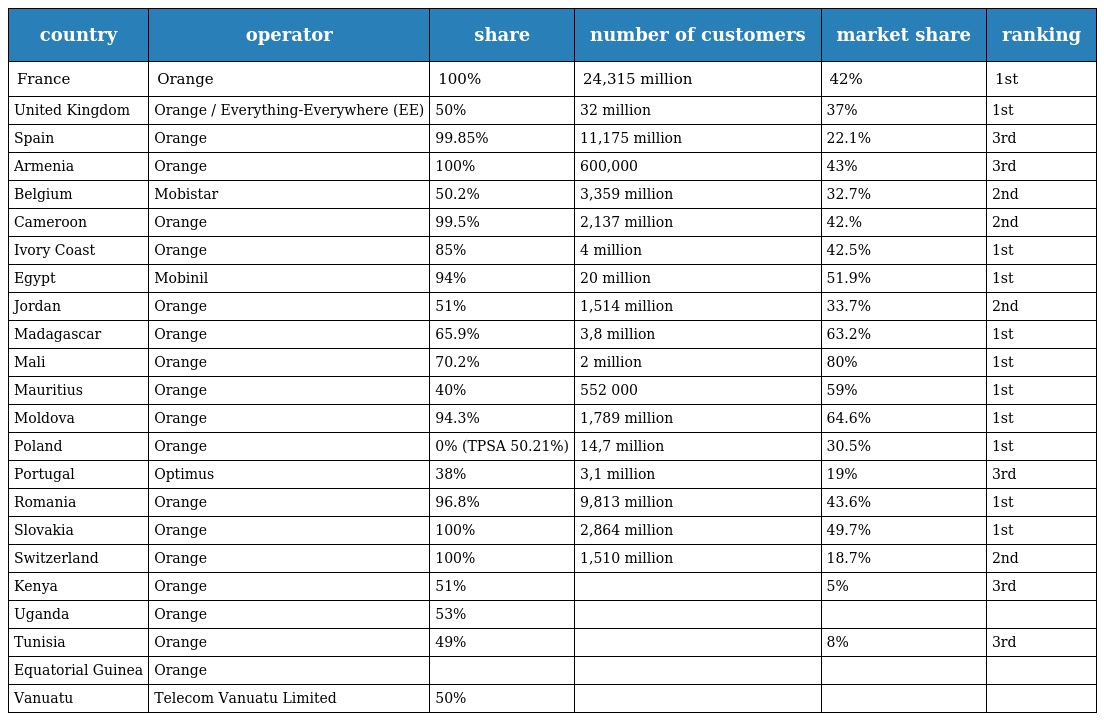
| country | operator | share | number of customers | market share | ranking |
 | --- | --- | --- | --- | --- | --- |
 | France | Orange | 100% | 24,315 million | 42% | 1st |
 | United Kingdom | Orange / Everything-Everywhere (EE) | 50% | 32 million | 37% | 1st |
 | Spain | Orange | 99.85% | 11,175 million | 22.1% | 3rd |
 | Armenia | Orange | 100% | 600,000 | 43% | 3rd |
 | Belgium | Mobistar | 50.2% | 3,359 million | 32.7% | 2nd |
 | Cameroon | Orange | 99.5% | 2,137 million | 42.% | 2nd |
 | Ivory Coast | Orange | 85% | 4 million | 42.5% | 1st |
 | Egypt | Mobinil | 94% | 20 million | 51.9% | 1st |
 | Jordan | Orange | 51% | 1,514 million | 33.7% | 2nd |
 | Madagascar | Orange | 65.9% | 3,8 million | 63.2% | 1st |
 | Mali | Orange | 70.2% | 2 million | 80% | 1st |
 | Mauritius | Orange | 40% | 552 000 | 59% | 1st |
 | Moldova | Orange | 94.3% | 1,789 million | 64.6% | 1st |
 | Poland | Orange | 0% (TPSA 50.21%) | 14,7 million | 30.5% | 1st |
 | Portugal | Optimus | 38% | 3,1 million | 19% | 3rd |
 | Romania | Orange | 96.8% | 9,813 million | 43.6% | 1st |
 | Slovakia | Orange | 100% | 2,864 million | 49.7% | 1st |
 | Switzerland | Orange | 100% | 1,510 million | 18.7% | 2nd |
 | Kenya | Orange | 51% |  | 5% | 3rd |
 | Uganda | Orange | 53% |  |  |  |
 | Tunisia | Orange | 49% |  | 8% | 3rd |
 | Equatorial Guinea | Orange |  |  |  |  |
 | Vanuatu | Telecom Vanuatu Limited | 50% |  |  |  |